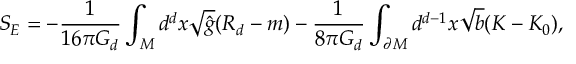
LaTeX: S _ { E } = - \frac { 1 } { 1 6 \pi G _ { d } } \int _ { M } d ^ { d } x \sqrt { \hat { g } } ( R _ { d } - m ) - \frac { 1 } { 8 \pi G _ { d } } \int _ { \partial M } d ^ { d - 1 } x \sqrt { b } ( { \cal { K } } - { \cal { K } } _ { 0 } ) ,